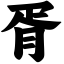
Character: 胥